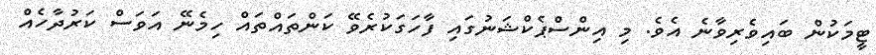
ޓީމަކުން ބައިވެރިވާނެ އެވެ. މި އިންސްޕެކްޝަނުގައި ފާހަގަކުރެވޭ ކަންތައްތައް ހިމެނޭ އަވަސް ކަރުދާހެއް